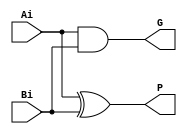
`timescale 1ns / 1ps
/*This step involves computation of generate and propagate signals corresponding too each
pair of bits in A and B. These signals are given by the logic equations below: 
//pi = Ai xor Bi(P)
//gi = Ai and Bi(G)

*/

module Kare(
output G, P, 
input Ai, Bi
);
  
  and #(1) (G, Ai, Bi);
  
  xor #(2) (P, Ai, Bi);
  
endmodule